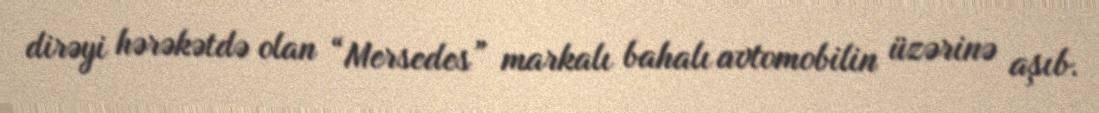
dirəyi hərəkətdə olan “Mersedes” markalı bahalı avtomobilin üzərinə aşıb.